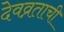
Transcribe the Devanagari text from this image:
देवव्रताची